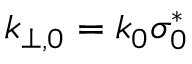
k _ { \perp , 0 } = k _ { 0 } \sigma _ { 0 } ^ { * }